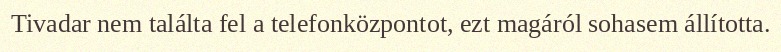
Tivadar nem találta fel a telefonközpontot, ezt magáról sohasem állította.